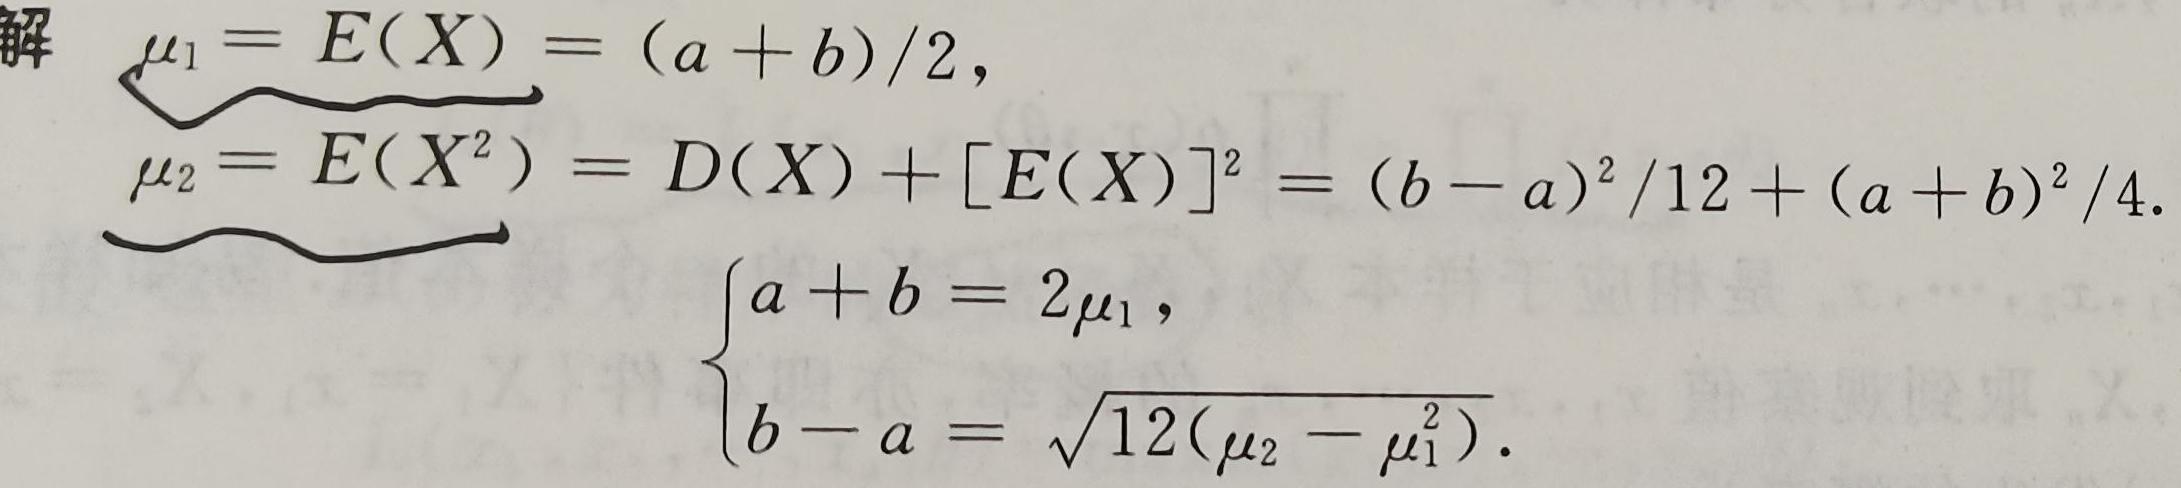
\[
\begin{align*}
\mu_1&=E(X)=(a + b)/2,\\
\mu_2&=E(X^2)=D(X)+[E(X)]^2=(b - a)^2/12+(a + b)^2/4.\\
\end{align*}
\]
\[
\begin{cases}
a + b = 2\mu_1,\\
b - a = \sqrt{12(\mu_2 - \mu_1^2)}.
\end{cases}
\]